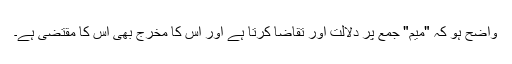
واضح ہو کہ "میم" جمع پر دلالت اور تقاضا کرتا ہے اور اس کا مخرج بھی اس کا مقتضی ہے۔